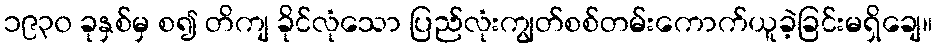
၁၉၃၀ ခုနှစ်မှ စ၍ တိကျ ခိုင်လုံသော ပြည်လုံးကျွတ်စစ်တမ်းကောက်ယူခဲ့ခြင်းမရှိချေ။